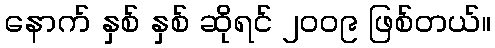
နောက် နှစ် နှစ် ဆိုရင် ၂၀၀၉ ဖြစ်တယ်။